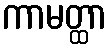
ကာမတ္ထာ